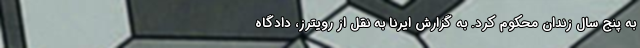
به پنج سال زندان محکوم کرد. به گزارش ایرنا به نقل از رویترز، دادگاه